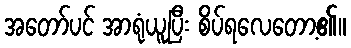
အတော်ပင် အာရုံယူပြီး စိပ်ရလေတော့၏။